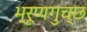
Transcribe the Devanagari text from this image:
भ्रूणगुच्छ